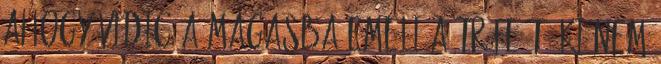
ahogy Vidic a magasba emeli a trófeát, ki nem